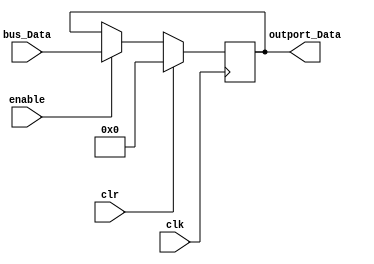
module outport(
    input clk, clr, enable,
    input wire [31:0] bus_Data,
    output wire [31:0] outport_Data);

reg [31:0] tempData;
initial tempData = 32'h0;

always @(posedge clk) 
begin
    if (clr) tempData <= {32{1'b0}};
    else if (enable) tempData <= bus_Data;
end

assign outport_Data = tempData[31:0];

endmodule